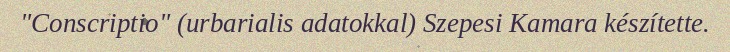
"Conscriptio" (urbarialis adatokkal) Szepesi Kamara készítette.